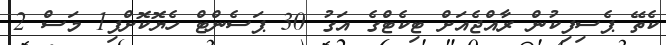
ކެތޭ ޕެސިފިކުން ރާއްޖެއަށް ޓިކެޓްގެ އަގު 30 ޕަސެންޓް ހެޔޮކޮށްފި1 މަސް 2